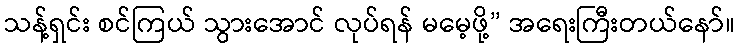
သန့်ရှင်း စင်ကြယ် သွားအောင် လုပ်ရန် မမေ့ဖို့” အရေးကြီးတယ်နော်။